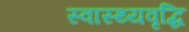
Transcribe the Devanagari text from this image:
स्वास्थ्यवृद्धि